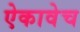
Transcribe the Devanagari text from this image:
ऐकावेच